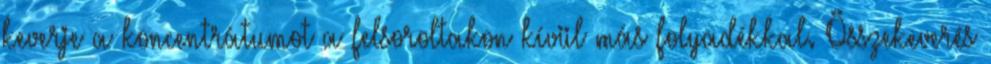
keverje a koncentrátumot a felsoroltakon kívül más folyadékkal. Összekeverés